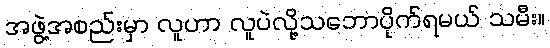
အဖွဲ့အစည်းမှာ လူဟာ လူပဲလို့သဘောပိုက်ရမယ် သမီး။